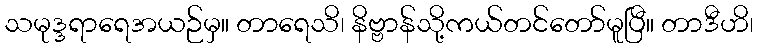
သမုဒ္ဒရာရေအယဉ်မှ။ တာရေသိ၊ နိဗ္ဗာန်သို့ကယ်တင်တော်မူပြီ။ တာဒီဟိ၊